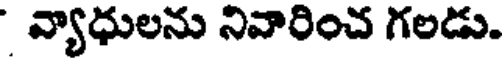
వ్యాధులను నివారించ గలడు.